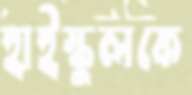
হাইস্কুলকে